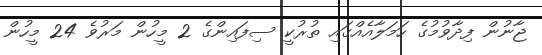
ޖާނުން ފިދާވުމުގެ ހަމަލާއެއްގައި ތުރުކީ ސިފައިންގެ 2 މީހުން މަރުވެ 24 މީހުން